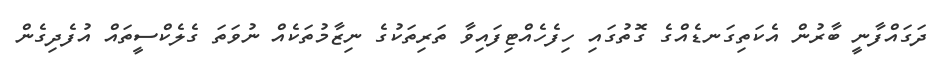
ދަގައްފާނީ ބާރުން އެކަތިގަނޑެއްގެ ގޮތުގައި ހިފެހެއްޓިފައިވާ ތަރިތަކުގެ ނިޒާމުތަކެއް ނުވަތަ ގެލެކްސީތައް އުފެދިގެން